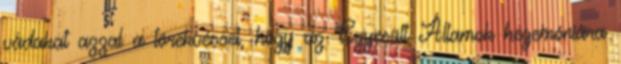
vádakat azzal a törekvéssel, hogy az Egyesült Államok hegemóniára